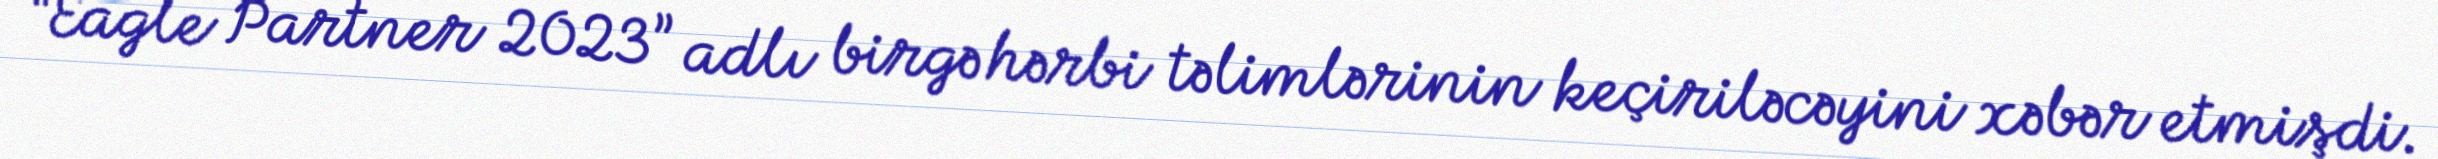
“Eagle Partner 2023” adlı birgə hərbi təlimlərinin keçiriləcəyini xəbər etmişdi.